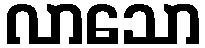
လာသော